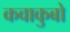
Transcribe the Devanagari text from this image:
कवाकुबो